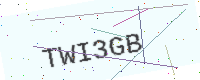
Text: TWI3GB